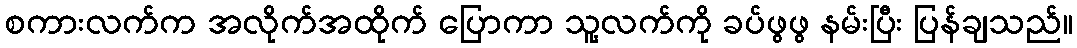
စကားလက်က အလိုက်အထိုက် ပြောကာ သူ့လက်ကို ခပ်ဖွဖွ နမ်းပြီး ပြန်ချသည်။